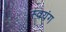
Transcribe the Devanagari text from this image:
स्वयंग